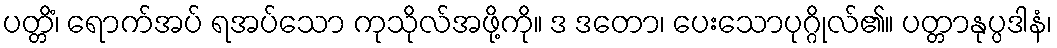
ပတ္တိံ၊ ရောက်အပ် ရအပ်သော ကုသိုလ်အဖို့ကို။ ဒ ဒတော၊ ပေးသောပုဂ္ဂိုလ်၏။ ပတ္တာနုပ္ပဒါနံ၊